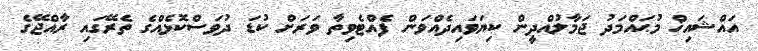
އައްޝައިޚް މުޙައްމަދު ޖަމާލުއްދީން ކިޔަވައިދެއްވަން ފެއްޓެވިތާ ވަރަށް ކުޑަ ދުވަސްކޮޅެއްގެ ތެރޭގައި ރާއްޖޭގެ